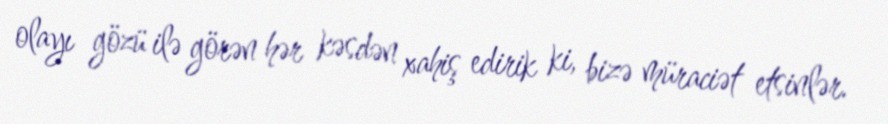
olayı gözü ilə görən hər kəsdən xahiş edirik ki, bizə müraciət etsinlər.